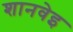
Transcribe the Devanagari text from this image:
शानवेइ